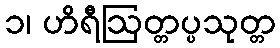
၁၊ ဟိရီဩတ္တပ္ပသုတ္တ